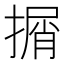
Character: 㨝